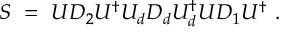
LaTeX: S \ = \ U D _ { 2 } U ^ { \dagger } U _ { d } D _ { d } U _ { d } ^ { \dagger } U D _ { 1 } U ^ { \dagger } \ .